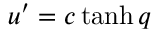
u ^ { \prime } = c \operatorname { t a n h } q